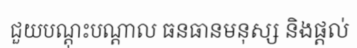
ជួយបណ្តុះបណ្តាល ធនធានមនុស្ស និងផ្តល់